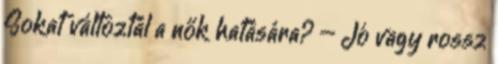
Sokat változtál a nők hatására? – Jó vagy rossz